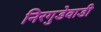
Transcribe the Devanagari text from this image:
निरगुडेवाडी